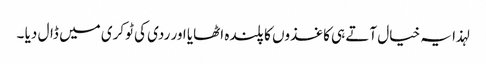
لہذا یہ خیال آتے ہی کاغذوں کا پلندہ اٹھایا اور ردی کی ٹوکری میں ڈال دیا ۔